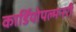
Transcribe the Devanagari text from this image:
कार्डियोपल्मनरी